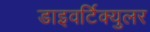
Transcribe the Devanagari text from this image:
डाइवर्टिक्युलर